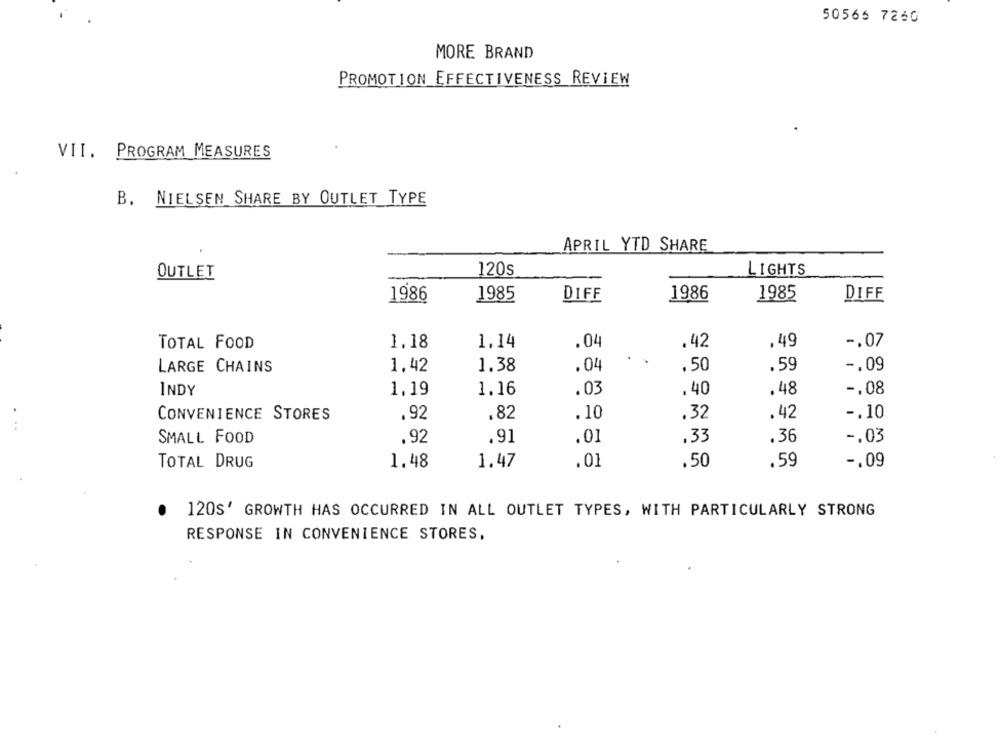
50566 7260
MORE BRAND
PROMOTION EFFECTIVENESS REVIEW
VII. PROGRAM MEASURES
B. NIELSEN SHARE BY OUTLET TYPE
APRIL YTD SHARE
120s
LIGHTS
OUTLET
1986
1985
DIFF
1986
1985
DIFF
TOTAL FOOD
1.18
1,14
.04
.42
,49
-. 07
LARGE CHAINS
1.42
1.38
.04
.50
.59
-. 09
INDY
1,19
1.16
.03
.40
.48
-. 08
.10
.32
-. 10
CONVENIENCE STORES
.92
.82
. 42
..
.33
-. 03
SMALL FOOD
.92
.91
.01
.36
TOTAL DRUG
1.48
1.47
.01
.50
.59
-. 09
120s' GROWTH HAS OCCURRED IN ALL OUTLET TYPES, WITH PARTICULARLY STRONG
RESPONSE IN CONVENIENCE STORES,